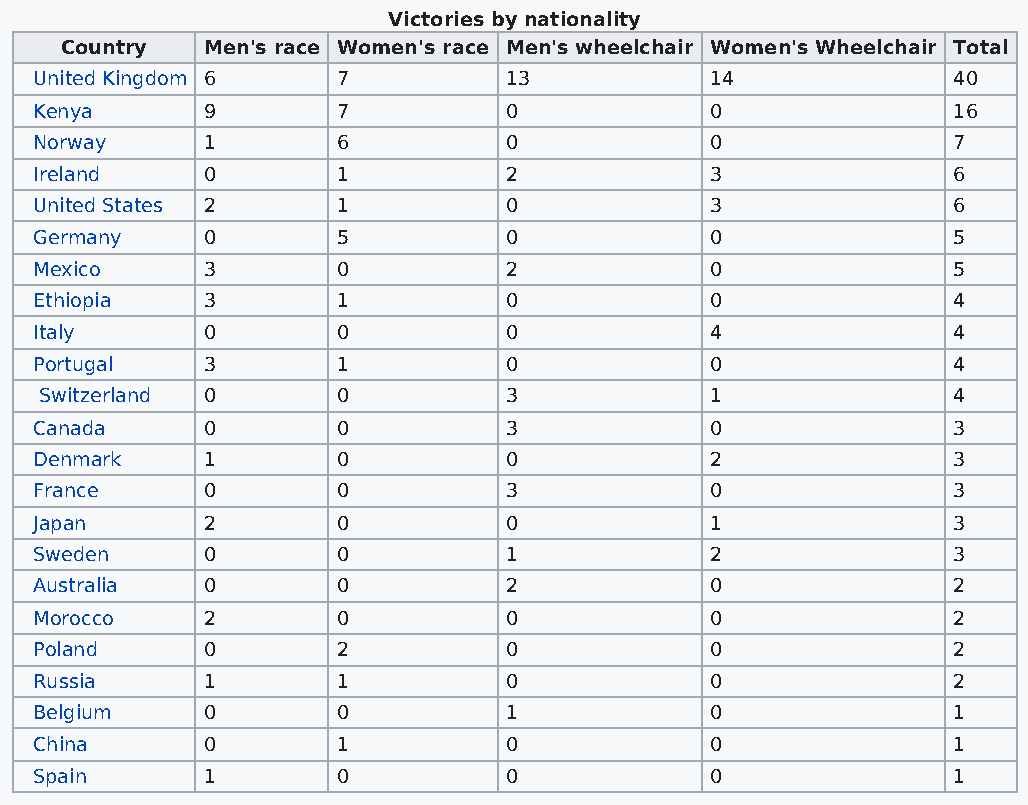
Victories by nationality
 Country  Men's race Women's race Men's wheelchair Women's Wheelchair Total
 United Kingdom 6    7          13            14              40
 Kenya      9        7          0             0               16
 Norway     1        6          0             0               7
 Ireland    0        1          2             3               6
 United States 2     1          0             3               6
 Germany    0        5          0             0               5
 Mexico     3        0          2             0               5
 Ethiopia   3        1          0             0               4
 Italy      0        0          0             4               4
 Portugal   3        1          0             0               4
 Switzerland 0      0          3             1               4
 Canada     0        0          3             0               3
 Denmark    1        0          0             2               3
 France     0        0          3             0               3
 Japan      2        0          0             1               3
 Sweden     0        0          1             2               3
 Australia  0        0          2             0               2
 Morocco    2        0          0             0               2
 Poland     0        2          0             0               2
 Russia     1        1          0             0               2
 Belgium    0        0          1             0               1
 China      0        1          0             0               1
 Spain      1        0          0             0               1